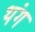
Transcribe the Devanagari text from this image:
थंग